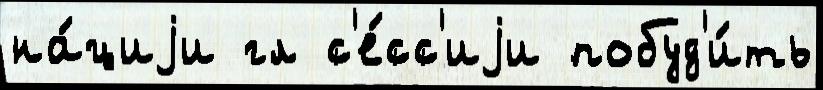
на́циjи гл с'е́сс'иjи побуд'и́ть